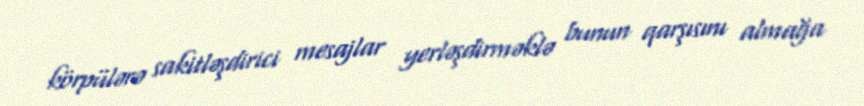
körpülərə sakitləşdirici mesajlar yerləşdirməklə bunun qarşısını almağa